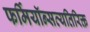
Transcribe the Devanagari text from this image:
फर्मियॉन्सव्यतिरिक्त